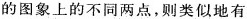
的图象上的不同两点，则类似地有